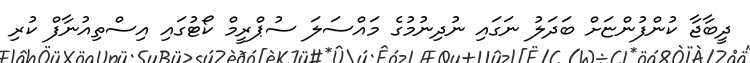
ދީބާޖާ ކުންފުންޏަށް ބަދަލު ނަގައި ނުދިނުމުގެ މައްސަލަ ސުޕްރީމް ކޯޓުގައި އިސްތިއުނާފް ކުރި